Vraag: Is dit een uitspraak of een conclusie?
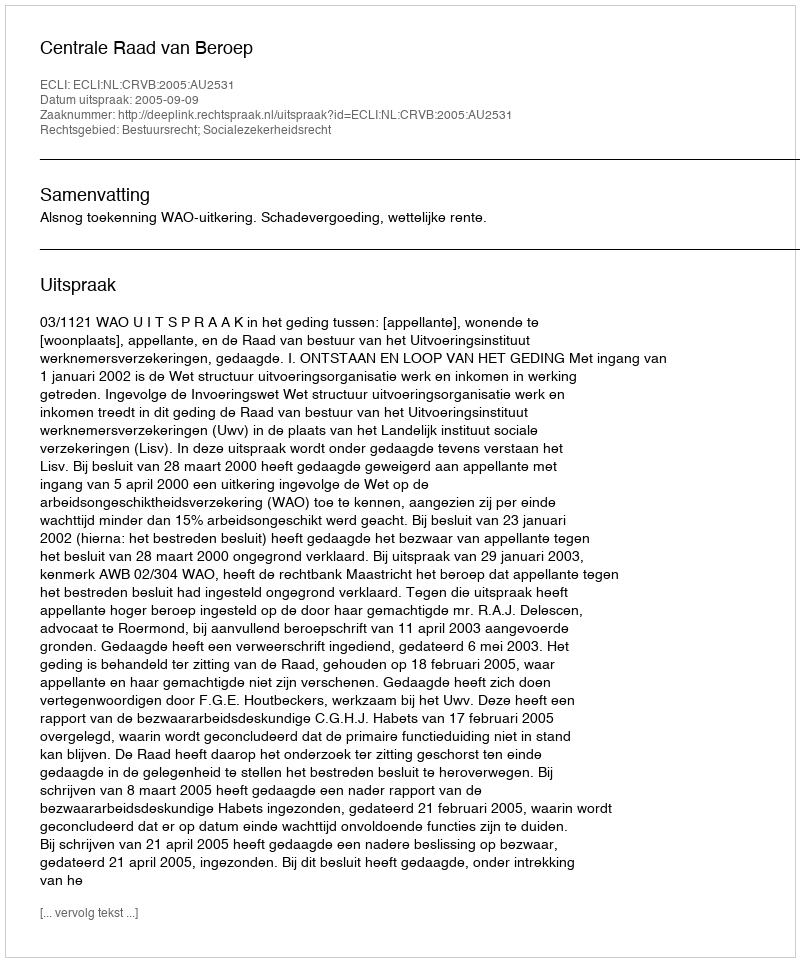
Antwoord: Uitspraak